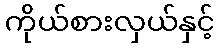
ကိုယ်စားလှယ်နှင့်